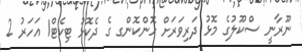
ނޫރާނީ ސްކޫލުގެ މޮޅު ދަރިވަރަށް ހޮންކޮންގ ގެ ދެކޮޅު ޓިކެޓް1 އަހަރު 2